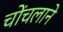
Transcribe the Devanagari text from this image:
चोंचलाने